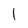
Character: l